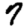
Digit: 7